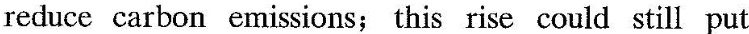
reduce carbon emissions;this rise could still put